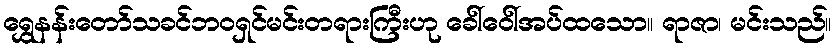
ရွှေနန်းတော်သခင်ဘဝရှင်မင်းတရားကြီးဟု ခေါ်ဝေါ်အပ်ထသော။ ရာဇာ၊ မင်းသည်။